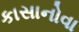
કાસાનોવા